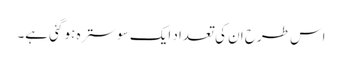
اس طرح ان کی تعداد ایک سو سترہ ہو گئی ہے۔